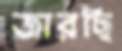
জারছি